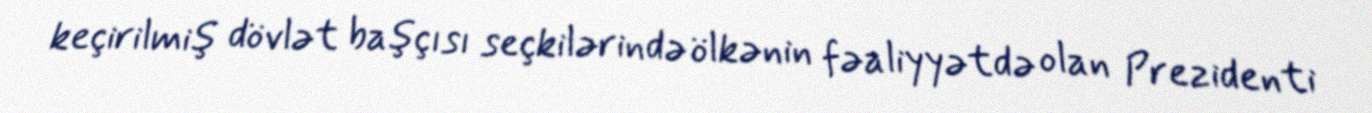
keçirilmiş dövlət başçısı seçkilərində ölkənin fəaliyyətdə olan Prezidenti